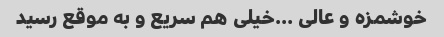
خوشمزه و عالی …خیلی هم سریع و به موقع رسید